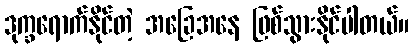
ဒုက္ခရောက်နိုင်တဲ့ အခြေအနေ ဖြစ်သွားနိုင်ပါတယ်။